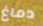
دماغ